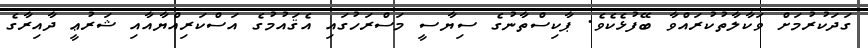
ގަދަކުރުމަށް ވަކާލާތުކުރައްވާ ބޭފުޅެކެވެ. ޕާކިސްތާނުގެ ސިޔާސީ މަސްރަހުގައި އެޤައުމުގެ އަސްކަރިއްޔާއާއި ޝަރުޢީ ދާއިރާގެ